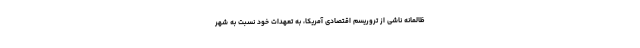
ظالمانه ناشی از تروریسم اقتصادی آمریکا، به تعهدات خود نسبت به شهر